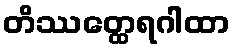
တိဿတ္ထေရဂါထာ